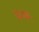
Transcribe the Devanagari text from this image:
धम्मम्